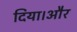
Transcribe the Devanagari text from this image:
दिया।और